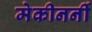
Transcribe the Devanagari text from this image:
मेकीनर्नी